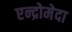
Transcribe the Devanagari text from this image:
एन्द्रोमेदा